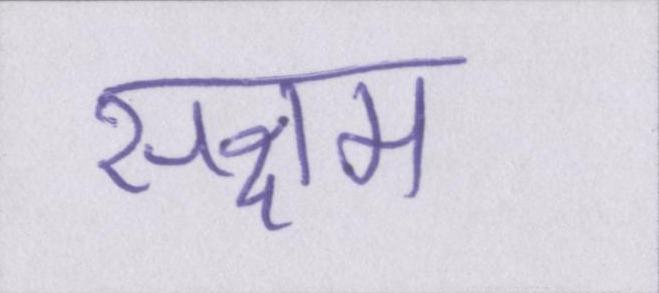
सक्षम